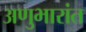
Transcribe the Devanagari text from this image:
अणुभारांत